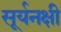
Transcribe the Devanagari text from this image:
सूर्यनक्षी